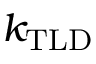
k _ { \mathrm { T L D } }